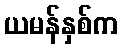
ယမန်နှစ်က